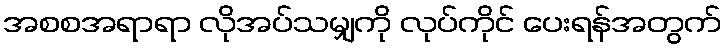
အစစအရာရာ လိုအပ်သမျှကို လုပ်ကိုင် ပေးရန်အတွက်